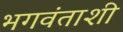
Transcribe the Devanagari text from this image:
भगवंताशी